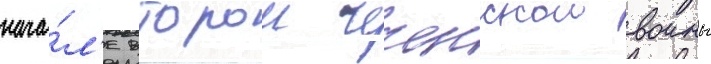
нача́л'е второи чеченскои воины